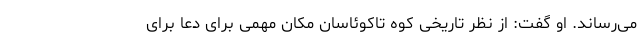
می‌رساند. او گفت: از نظر تاریخی کوه تاکوئاسان مکان مهمی برای دعا برای